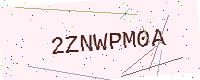
Text: 2ZNWPM0A